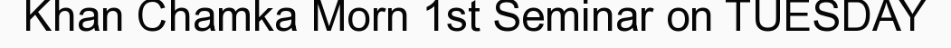
Khan Chamka Morn 1st Seminar on TUESDAY